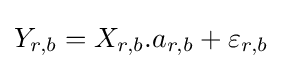
Y_{r,b}=X_{r,b}.a_{r,b}+\varepsilon _{r,b}